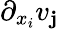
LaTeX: \partial_{x_{i}}v_{\mathbf{j}}